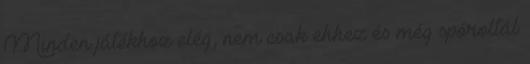
Minden játékhoz elég, nem csak ehhez és még spóroltál